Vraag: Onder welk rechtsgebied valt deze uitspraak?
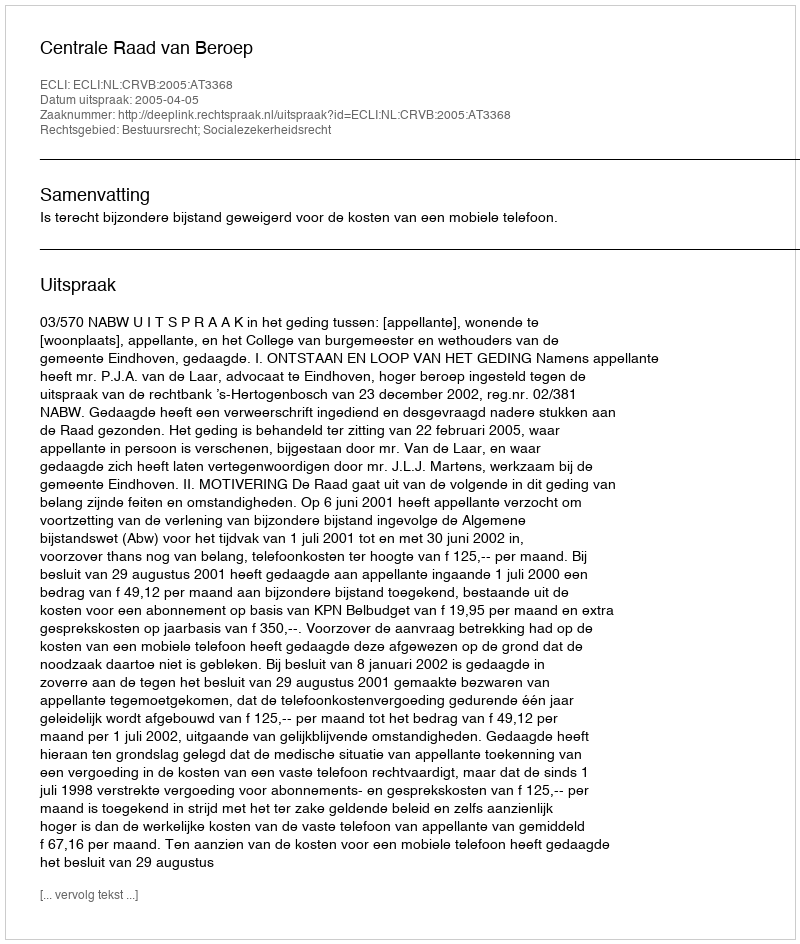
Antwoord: Bestuursrecht; Socialezekerheidsrecht